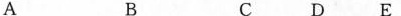
A B C D E